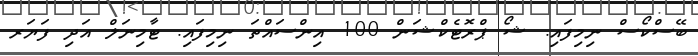
ބޭސްކޯސް ނިމިފައި. ޝޯ ޕްރޮޓެކްޝަން 100 އިންސައްތަ ނިމިފައި. ޓާމިނަލް އަދި ފަޔަރ